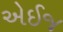
એઈજ